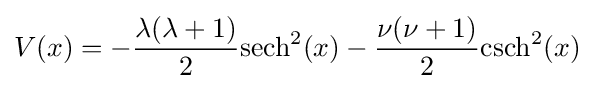
V(x)=-{\frac {\lambda (\lambda +1)}{2}}\mathrm {sech} ^{2}(x)-{\frac {\nu (\nu +1)}{2}}\mathrm {csch} ^{2}(x)